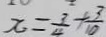
x = \frac { 3 } { 4 } + \frac { 3 } { 1 0 }